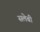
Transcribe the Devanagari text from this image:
सलेबी